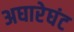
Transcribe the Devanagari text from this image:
अघारेघंट